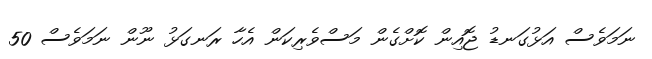
ނަމަވެސް އަޅުގަނޑު ޖޮއިން ކޮށްގެން މަސްވެރިކަން އެހާ ރަނގަޅު ނޫން ނަމަވެސް 50